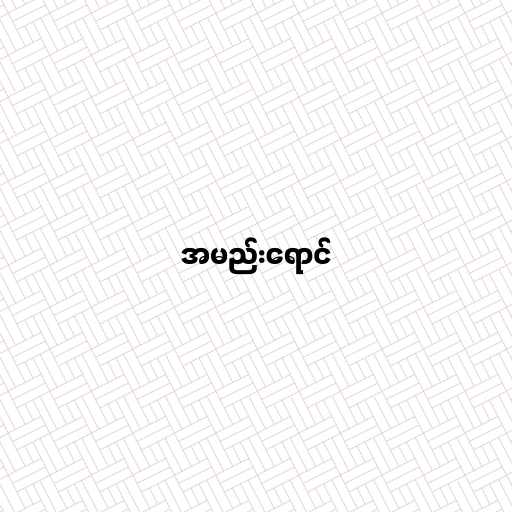
အမည်းရောင်